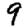
Digit: 9